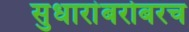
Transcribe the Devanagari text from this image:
सुधारांबरोबरच